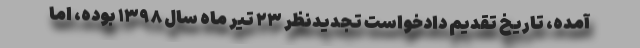
آمده، تاریخ تقدیم دادخواست تجدیدنظر ۲۳ تیر ماه سال ۱۳۹۸ بوده، اما